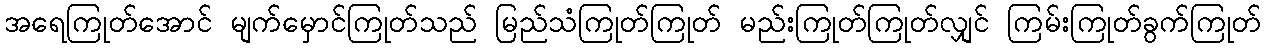
အရေကြုတ်အောင် မျက်မှောင်ကြုတ်သည် မြည်သံကြုတ်ကြုတ် မည်းကြုတ်ကြုတ်လျှင် ကြမ်းကြုတ်ခွက်ကြုတ်